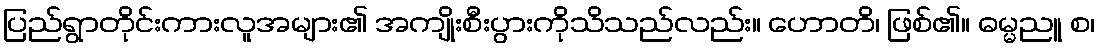
ပြည်ရွာတိုင်းကားလူအများ၏ အကျိုးစီးပွားကိုသိသည်လည်း။ ဟောတိ၊ ဖြစ်၏။ ဓမ္မညူ စ၊